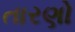
તારણો